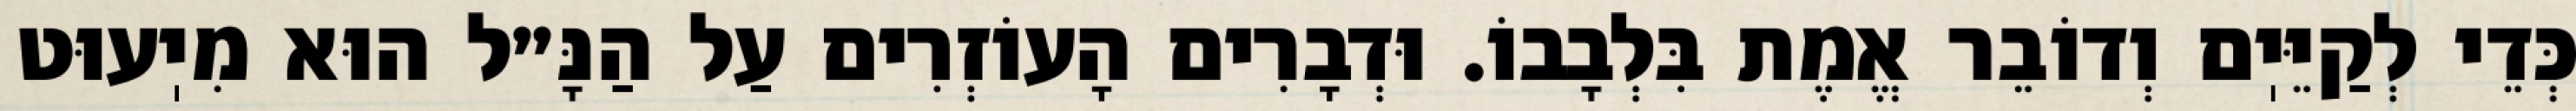
כְּדֵי לְקַיֵּיֽם וְדוֹבֵר אֱמֶת בִּלְבָבוֹ. וּדְבָרִים הָעוֹזְרִים עַל הַנָּ״ל הוּא מִיֽעוּט